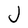
Character: J